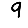
Digit: 9